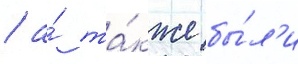
/ а́ та́кже бы́л'и